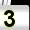
Digit: 3